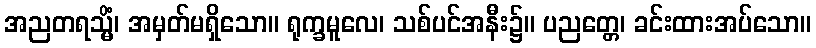
အညတရသ္မိံ၊ အမှတ်မရှိသော။ ရုက္ခမူလေ၊ သစ်ပင်အနီး၌။ ပညတ္တေ၊ ခင်းထားအပ်သော။